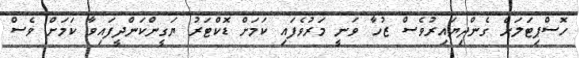
ހޮސްޕިޓަލަށް ގެންދިޔައިރުވެސް ޒުހާ ވަނީ މަރުވެފައި ކަމަށް ޑޮކްޓަރު ޔަގީންކަންދީފައިވާ ކަމަށް ވެސް